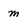
Character: m